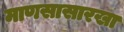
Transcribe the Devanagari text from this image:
माणसासारखा